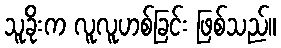
သူခိုးက လူလူဟစ်ခြင်း ဖြစ်သည်။